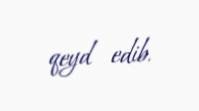
qeyd edib.